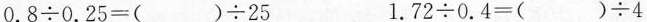
$$0.8\div0.25=()\div25$$ $$1.72\div0.4=()\div4$$